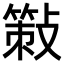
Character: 𢿸